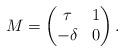
LaTeX: \begin{align*}M = \begin{pmatrix}\tau & 1 \\-\delta & 0\end{pmatrix}.\end{align*}